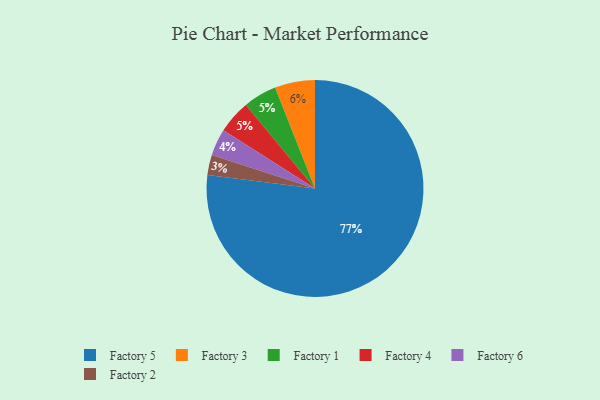
{"axis": {"x": "Category", "y": "Percentage"}, "legend": ["Factory 1", "Factory 2", "Factory 3", "Factory 4", "Factory 5", "Factory 6"], "data": [{"x": "Factory 2", "y": 3, "type": "Factory 2"}, {"x": "Factory 1", "y": 5, "type": "Factory 1"}, {"x": "Factory 6", "y": 4, "type": "Factory 6"}, {"x": "Factory 4", "y": 5, "type": "Factory 4"}, {"x": "Factory 3", "y": 6, "type": "Factory 3"}, {"x": "Factory 5", "y": 77, "type": "Factory 5"}]}